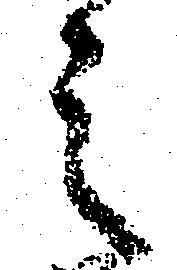
之